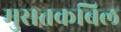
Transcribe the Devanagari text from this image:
मुसतकबिल